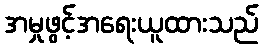
အမှုဖွင့်အရေးယူထားသည်